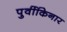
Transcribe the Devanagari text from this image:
पुर्वीकिनार